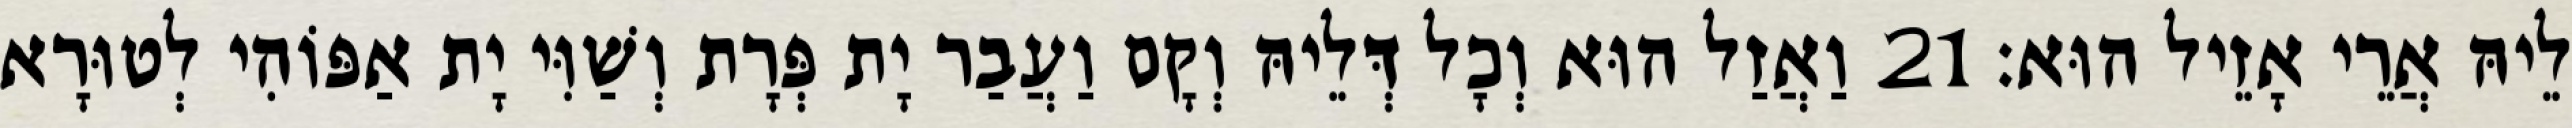
לֵיהּ אֲרֵי אָזֵיל הוּא׃ 21 וַאֲזַל הוּא וְכָל דְּלֵיהּ וְקָם וַעֲבַר יָת פְּרָת וְשַׁוִּי יָת אַפּוֹהִי לְטוּרָא